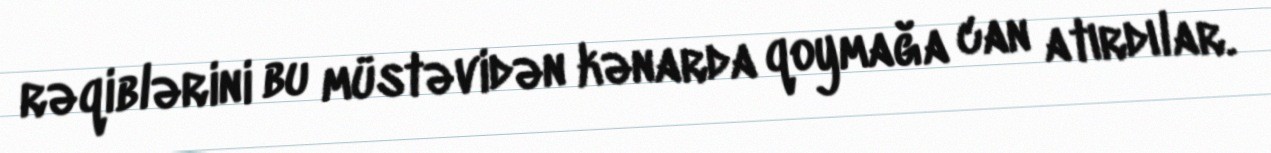
rəqiblərini bu müstəvidən kənarda qoymağa can atırdılar.